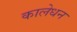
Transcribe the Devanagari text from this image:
कालेधन